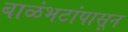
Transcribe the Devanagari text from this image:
बाळंभटांपासून